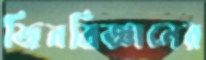
জিনবিজ্ঞানের